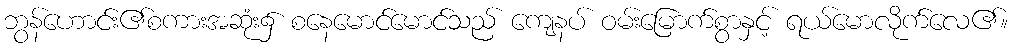
ဘွန်ဟောင်း၏စကားအဆုံး၌ စနေမောင်မောင်သည် ကျေနပ် ဝမ်းမြောက်စွာနှင့် ရယ်မောလိုက်လေ၏။